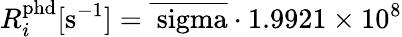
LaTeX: R_{i}^{\mathrm{{phd}}}[\mathrm{{s^{-1}}]=\overline{{\ sigma}}\cdot 1.9921\times 10^{8}}